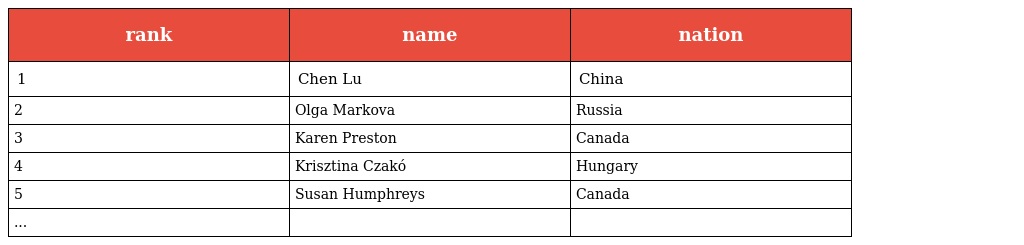
| rank | name | nation |
 | --- | --- | --- |
 | 1 | Chen Lu | China |
 | 2 | Olga Markova | Russia |
 | 3 | Karen Preston | Canada |
 | 4 | Krisztina Czakó | Hungary |
 | 5 | Susan Humphreys | Canada |
 | ... |  |  |